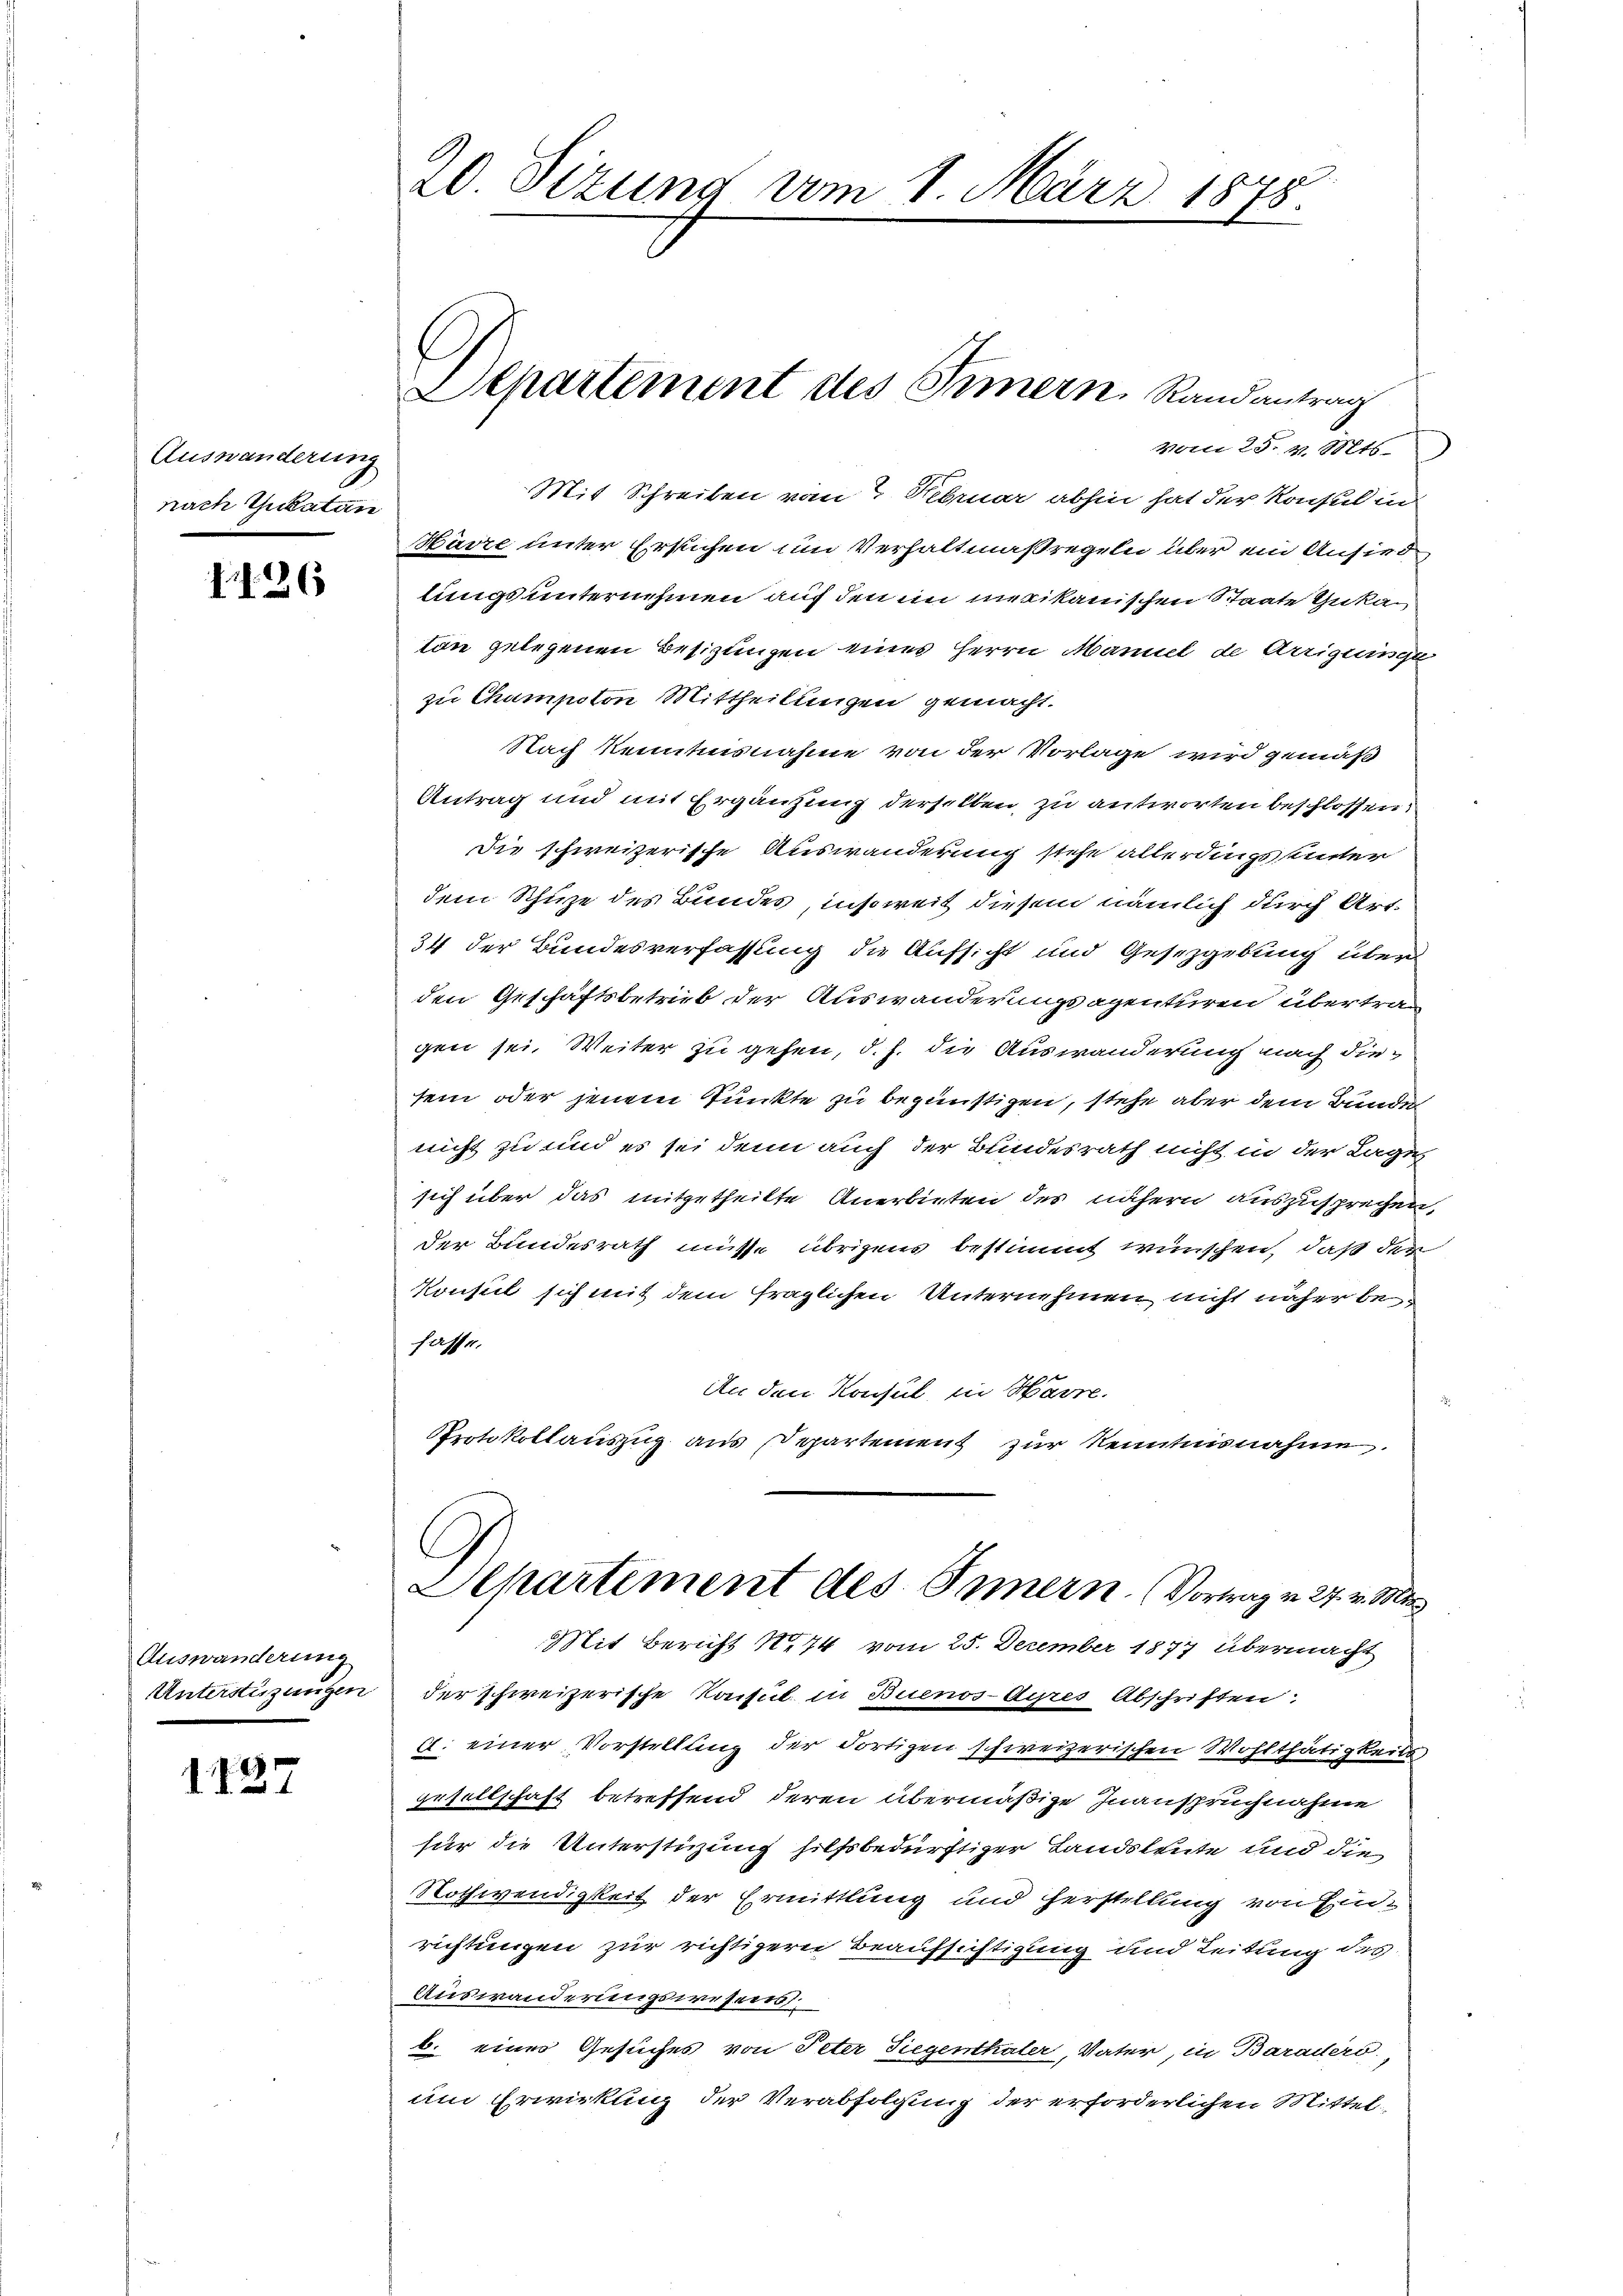
Auswanderung
nach Thuckature

1126

Auswanderung

1127

20. Sizung vom 1. März 1875.

vom 25. v. Mts.
Harze unter Ersuchen um Verhaltmaßregeln aber ein Ansied
lungs unternehmen auf den in merikanischen Staate Guta
ton gelegenen Besizungen eines Herrn Maniel de Arrigunge
zu Champton Mittheilungen gemacht.
Nach kenntnisnahme von der Vorlage wird gemäß
Antrag und mit Ergänzung derselben, zu antworten beschlossen:
die schweizerische Auswanderung stehe allerdings unter
dem Schuze des Bundes, insoweit diesem nämlich durch Art.
34 der Bundesverfassung die Aufsicht und Gesetzgebung über
den Geschäftsbetrieb der Auswanderungsagenturen übertrag
gen sei, Weiter zu gehen, d. h. die Auswanderung nach diesein oder jenem Punkte zu begünstigen, stehe aber dem Bunde
nicht zu und es sei denn auch der Bundesrath nicht in der Lage
sich über das mitgetheilte Anerbieten des nähern auszusprechen,
der Bundesrath müsse übrigens bestimmt wünschen, daß den
konsul sich mit dem fraglichen Unternehmen nicht näher be
fasse.
An den Konsul in Harre.
Protokollauszug aus Departement zur Kenntnisnahme.
C
Aepartiment des Innern. (Vortrag v. 27. v. Mir
Mit Bericht No 74 vom 25. December 1877 übermacht
Unterstützungen der schweizerische Konsul in Buenos-Ayres Abschriften:
c. einer Vorstellung der Fortigen schweizerischen Wohlthätigkeits,
gesellschaft betreffend deren übermäßige Inanspruchnahme
für die Unterstüzung hilfsbedürftiger Landsleute und die
Nothwendigkeit der Ermittlung und erstellung von Einrichtungen zur richtigern Beaufsichtigung und Leitung des
Auswanderungswesens.
b. eines Gesuches von Peter Siegenthaler, Vater, in Baradero.
um Erwirkung der Verabfolgung der erforderlichen Mittel-

Departement des Simern. Randantrag
Mit Schreiben vom 7. Februar abhin hat der Konsul in